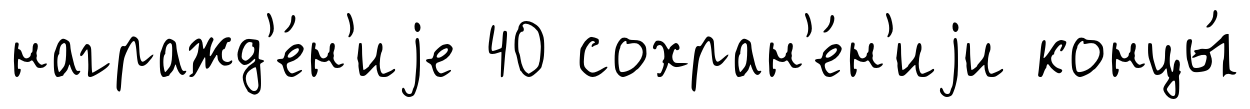
награжд'е́н'иjе 40 сохран'е́н'иjи концы́